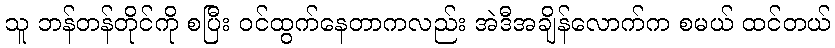
သူ ဘန်တန်တိုင်ကို စပြီး ဝင်ထွက်နေတာကလည်း အဲဒီအချိန်လောက်က စမယ် ထင်တယ်